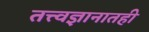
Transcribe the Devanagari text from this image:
तत्त्वज्ञानातही